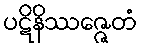
ပဋိနိဿဇ္ဇေတံ